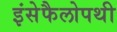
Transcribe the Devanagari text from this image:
इंसेफैलोपथी